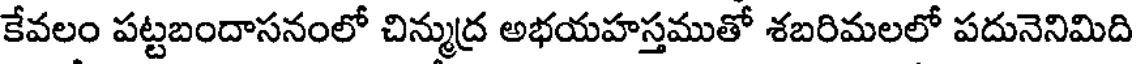
కేవలం పట్టబందాసనంలో చిన్ముద్ర అభయహస్తముతో శబరిమలలో పదునెనిమిది